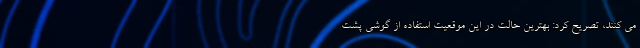
می کنند، تصریح کرد: بهترین حالت در این موقعیت استفاده از گوشی پشت